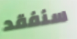
سنفقد